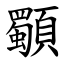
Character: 䫳